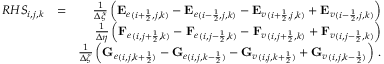
\begin{array} { r l r } { { R H S } _ { i , j , k } } & { = } & { \frac { 1 } { \Delta \xi } \left( { \mathbf { E } _ { e } } _ { ( i + \frac { 1 } { 2 } , j , k ) } - { \mathbf { E } _ { e } } _ { ( i - \frac { 1 } { 2 } , j , k ) } - { \mathbf { E } _ { v } } _ { ( i + \frac { 1 } { 2 } , j , k ) } + { \mathbf { E } _ { v } } _ { ( i - \frac { 1 } { 2 } , j , k ) } \right) } \\ & { } & { \frac { 1 } { \Delta \eta } \left( { \mathbf { F } _ { e } } _ { ( i , j + \frac { 1 } { 2 } , k ) } - { \mathbf { F } _ { e } } _ { ( i , j - \frac { 1 } { 2 } , k ) } - { \mathbf { F } _ { v } } _ { ( i , j + \frac { 1 } { 2 } , k ) } + { \mathbf { F } _ { v } } _ { ( i , j - \frac { 1 } { 2 } , k ) } \right) } \\ & { } & { \frac { 1 } { \Delta \zeta } \left( { \mathbf { G } _ { e } } _ { ( i , j , k + \frac { 1 } { 2 } ) } - { \mathbf { G } _ { e } } _ { ( i , j , k - \frac { 1 } { 2 } ) } - { \mathbf { G } _ { v } } _ { ( i , j , k + \frac { 1 } { 2 } ) } + { \mathbf { G } _ { v } } _ { ( i , j , k - \frac { 1 } { 2 } ) } \right) \, \mathrm { . } } \end{array}